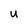
Character: U